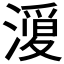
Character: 𭲦